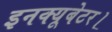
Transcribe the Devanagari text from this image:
इनक्यूबेटर।